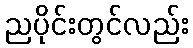
ညပိုင်းတွင်လည်း